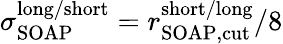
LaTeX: \sigma_{\mathrm{SOAP}}^{\mathrm{long/short}}={r_{\mathrm{SOAP,cut}}^{\mathrm{short/long}}}/8